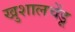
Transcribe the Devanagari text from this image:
खुशालचेंडू